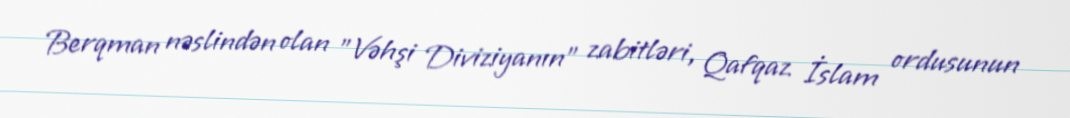
Berqman nəslindən olan "Vəhşi Diviziyanın" zabitləri, Qafqaz İslam ordusunun